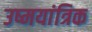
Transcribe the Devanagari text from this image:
उष्मयांत्रिक